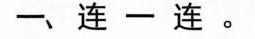
一、连一连。